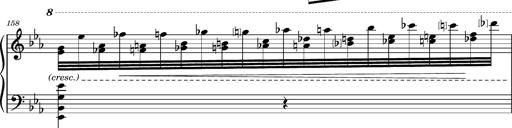
Title: Magyar rapszÃ³diÃ¡k
Composer: Franz Liszt